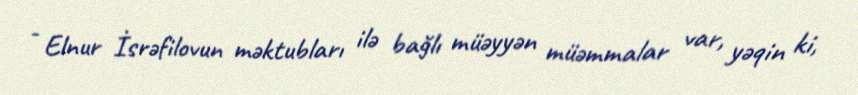
- Elnur İsrəfilovun məktubları ilə bağlı müəyyən müəmmalar var, yəqin ki,